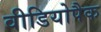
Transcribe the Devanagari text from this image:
वीडियोपैक